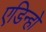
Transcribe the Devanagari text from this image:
एडिन्हो